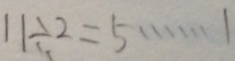
1 1 \div 2 = 5 \cdots 1